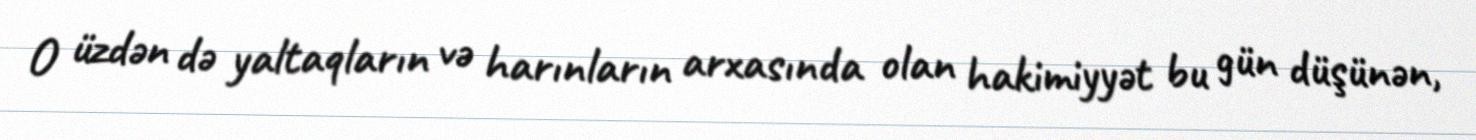
O üzdən də yaltaqların və harınların arxasında olan hakimiyyət bu gün düşünən,